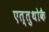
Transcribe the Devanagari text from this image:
एत्तुथोकै